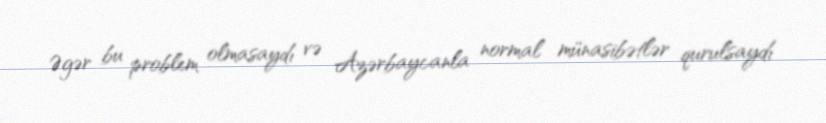
Əgər bu problem olmasaydı və Azərbaycanla normal münasibətlər qurulsaydı